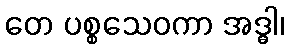
တေ ပစ္စသေဝကာ အဒ္ဓါ၊